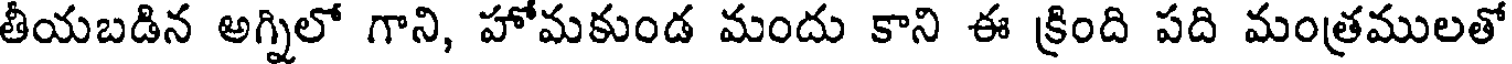
తీయబడిన అగ్నిలో గాని, హోమకుండ మందు కాని ఈ క్రింది పది మంత్రములతో